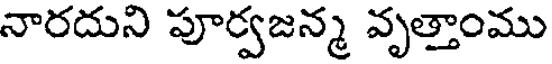
నారదుని పూర్వజన్మ వృత్తాంము